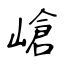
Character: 嵢